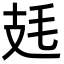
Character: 㲍